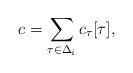
LaTeX: \begin{align*}c=\sum_{\tau \in \Delta_i}c_{\tau}[\tau],\end{align*}